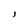
Character: i